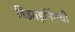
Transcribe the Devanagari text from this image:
डिझाइनिंगची